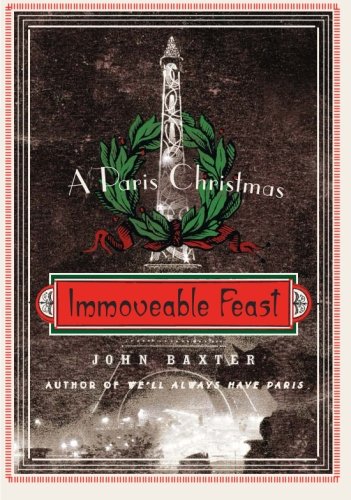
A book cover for Immoveable Feast: A Paris Christmas (P.S.); John Baxter; Cookbooks, Food & Wine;